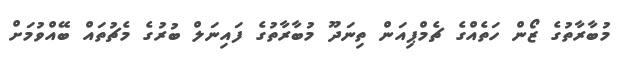
މުބާރާތުގެ ޒޯން ހަތެއްގެ ޗެމްޕިއަން ތިނަދޫ މުބާރާތުގެ ފައިނަލް ބުރުގެ މެޗުތައް ބޭއްވުމަށް